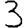
Digit: 3